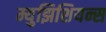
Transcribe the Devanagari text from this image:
म्युझिशियन्स